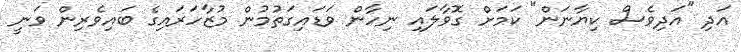
އަދި "އަދިވެސް ކިޔާނަން" ކަމަށް ގޮވާލައި ނިހާން ވަޑައިގަތުމުން މުޒާހަރައިގެ ބައިވެރިން ވަނީ